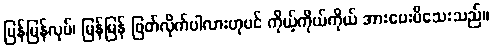
မြန်မြန်လုပ်၊ မြန်မြန် ဖြတ်လိုက်ပါလားဟုပင် ကိုယ့်ကိုယ်ကိုယ် အားပေးမိသေးသည်။